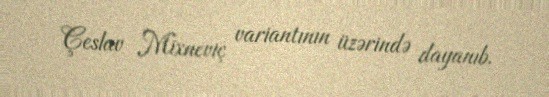
Çeslav Mixneviç variantının üzərində dayanıb.